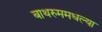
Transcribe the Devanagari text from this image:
बाथरुममधल्‍या